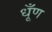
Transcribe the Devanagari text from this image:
धूँण